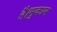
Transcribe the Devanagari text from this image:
है।मुकाम